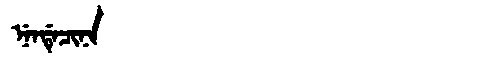
Manchu: ᠨᡝᠨᡩᡝᠴᡳᠨᠠ
Romanization: NENDECINA